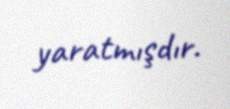
yaratmışdır.